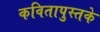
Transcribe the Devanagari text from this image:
कवितापुस्तके